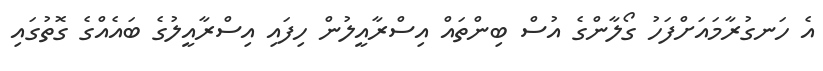
އެ ހަނގުރާމައަށްފަހު ގޯލާންގެ އުސް ބިންތައް އިސްރާއީލުން ހިފައި އިސްރާއީލުގެ ބައެއްގެ ގޮތުގައި